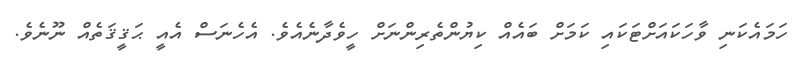
ހަމައެކަނި ވާހަކައަށްޓަކައި ކަމަށް ބައެއް ކިޔުންތެރިންނަށް ހީވެދާނެއެވެ. އެހެނަސް އެއީ ޙަޤީޤަތެއް ނޫނެވެ.